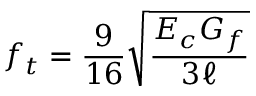
f _ { t } = \frac { 9 } { 1 6 } \sqrt { \frac { E _ { c } G _ { f } } { 3 \ell } }